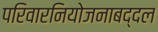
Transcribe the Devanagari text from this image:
परिवारनियोजनाबद्दल